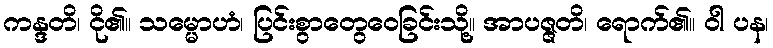
ကန္ဒတိ၊ ငို၏။ သမ္မောဟံ၊ ပြင်းစွာတွေဝေခြင်းသို့။ အာပဇ္ဇတိ၊ ရောက်၏။ ဝါ ပန၊